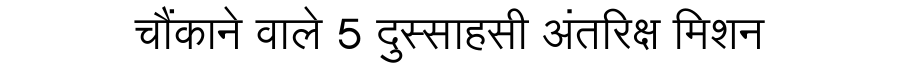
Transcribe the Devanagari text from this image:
चौंकाने वाले 5 दुस्साहसी अंतरिक्ष मिशन